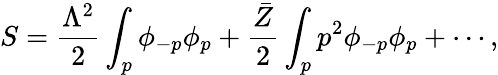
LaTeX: S=\frac{\Lambda^{2}}{2}\int_{p}\phi_{-p}\phi_{p}+\frac{\bar{Z}}{2}\int_{p}p^{2}\phi_{-p}\phi_{p}+\cdots,